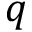
q